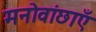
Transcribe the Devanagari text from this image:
मनोवांछाएँ